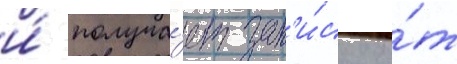
и́ получа́ет зап'и́ску о́т